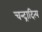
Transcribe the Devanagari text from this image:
चन्द्रादित्य